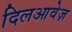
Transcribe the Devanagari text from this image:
दिलआवेज़